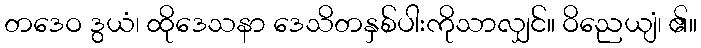
တဒေဝ ဒွယံ၊ ထိုဒေသနာ ဒေသိတနှစ်ပါးကိုသာလျှင်။ ဝိညေယျံ၊ ၏။